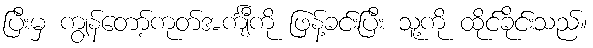
ပြီးမှ ကျွန်တော့်ကုတ်အင်္ကျီကို ဖြန့်ခင်းပြီး သူ့ကို ထိုင်ခိုင်းသည်။